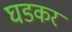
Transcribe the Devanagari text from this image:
घडकर